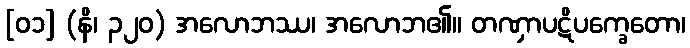
[၀၁] (နိ၊ ၃၂၀) အလောဘဿ၊ အလောဘ၏။ တဏှာပဋိပက္ခေတော၊